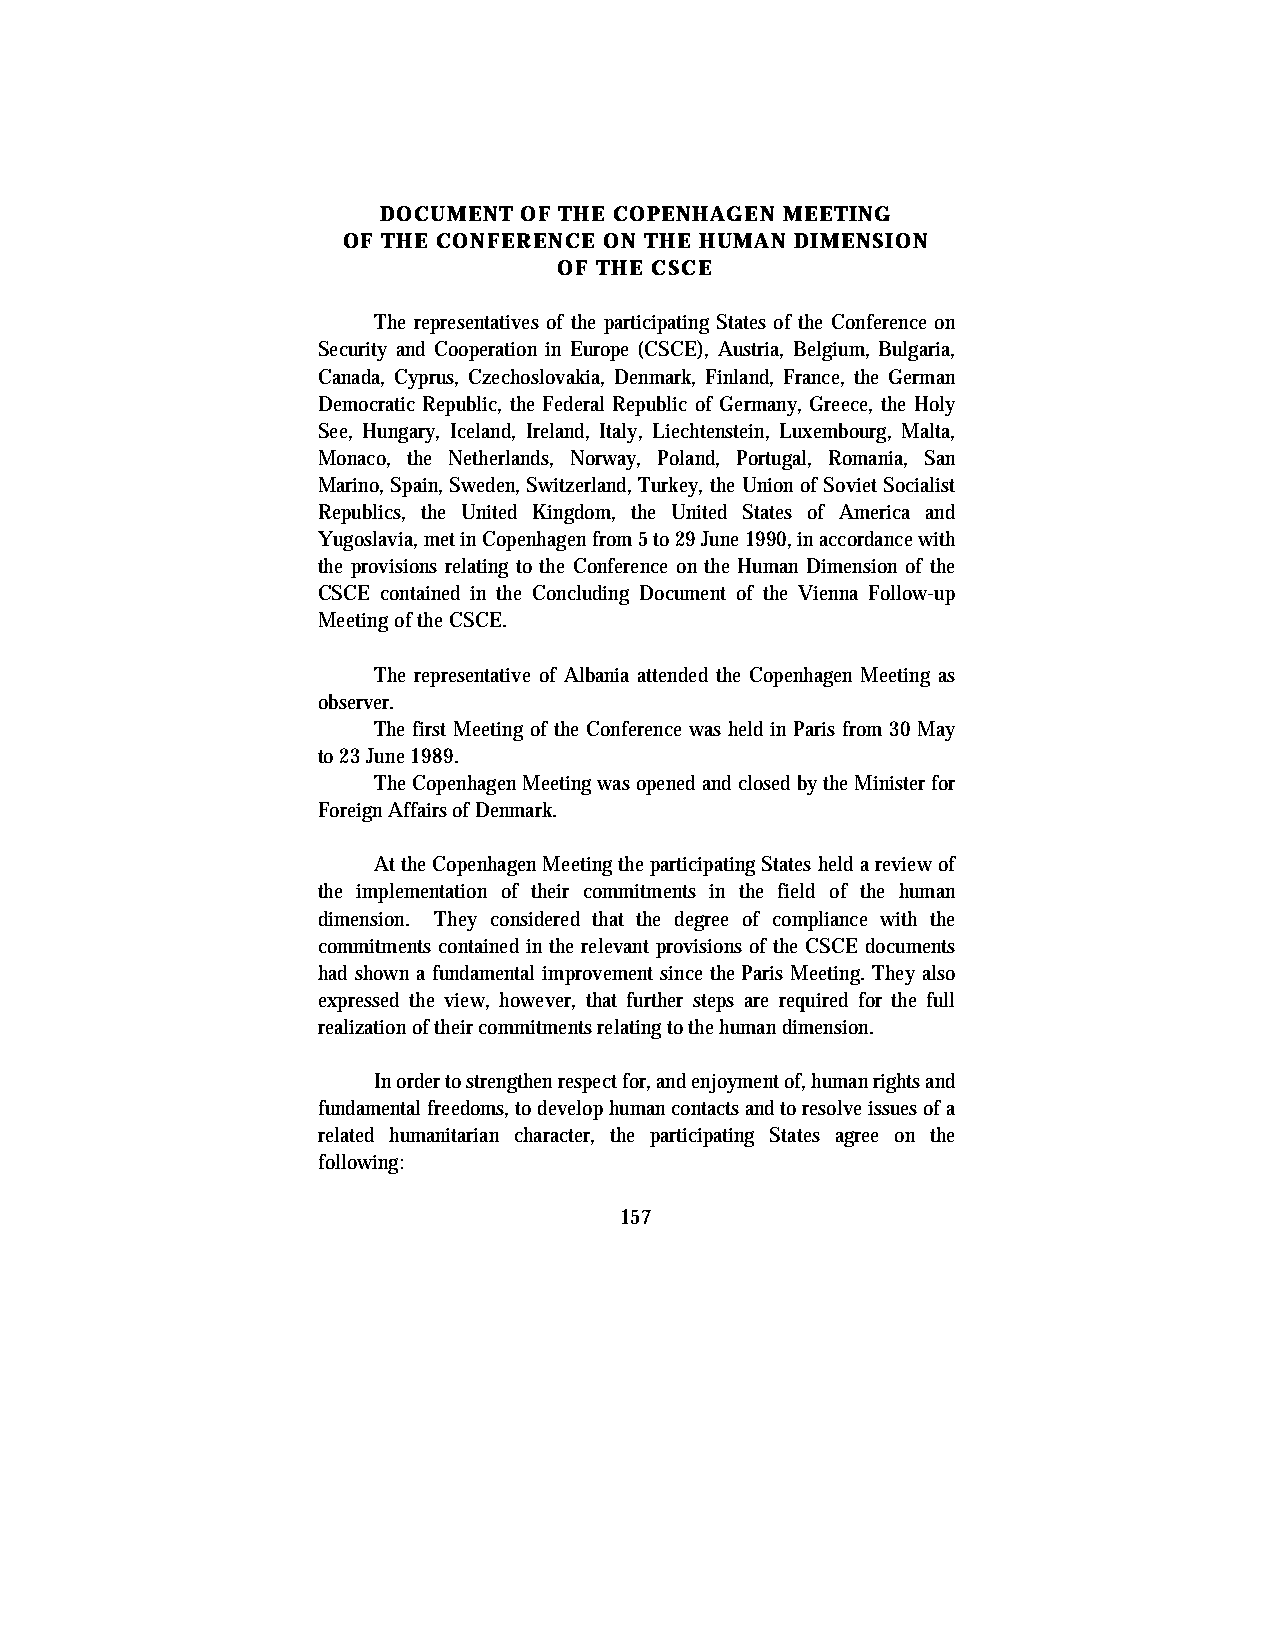
DOCUMENT OF THE COPENHAGEN MEETING
 OF THE CONFERENCE ON THE HUMAN DIMENSION
 OF THE CSCE
 The representatives of the participating States of the Conference on
 Security and Cooperation in Europe (CSCE), Austria, Belgium, Bulgaria,
 Canada, Cyprus, Czechoslovakia, Denmark, Finland, France, the German
 Democratic Republic, the Federal Republic of Germany, Greece, the Holy
 See, Hungary, Iceland, Ireland, Italy, Liechtenstein, Luxembourg, Malta,
 Monaco, the Netherlands, Norway, Poland, Portugal, Romania, San
 Marino, Spain, Sweden, Switzerland, Turkey, the Union of Soviet Socialist
 Republics, the United Kingdom, the United States of America and
 Yugoslavia, met in Copenhagen from 5 to 29 June 1990, in accordance with
 the provisions relating to the Conference on the Human Dimension of the
 CSCE contained in the Concluding Document of the Vienna Follow-up
 Meeting of the CSCE.
 The representative of Albania attended the Copenhagen Meeting as
 observer.
 The first Meeting of the Conference was held in Paris from 30 May
 to 23 June 1989.
 The Copenhagen Meeting was opened and closed by the Minister for
 Foreign Affairs of Denmark.
 At the Copenhagen Meeting the participating States held a review of
 the implementation of their commitments in the field of the human
 dimension. They considered that the degree of compliance with the
 commitments contained in the relevant provisions of the CSCE documents
 had shown a fundamental improvement since the Paris Meeting. They also
 expressed the view, however, that further steps are required for the full
 realization of their commitments relating to the human dimension.
 In order to strengthen respect for, and enjoyment of, human rights and
 fundamental freedoms, to develop human contacts and to resolve issues of a
 related humanitarian character, the participating States agree on the
 following:
 157